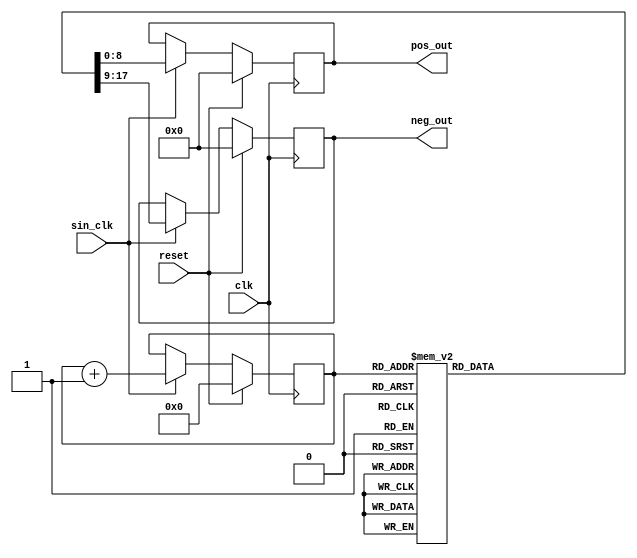
// Copyright 2024 Yanik Drmla
//
// Licensed under the Apache License, Version 2.0 (the "License");
// you may not use this file except in compliance with the License.
// You may obtain a copy of the License at
//
// http://www.apache.org/licenses/LICENSE2.0
//
// Unless required by applicable law or agreed to in writing, software
// distributed under the License is distributed on an "AS IS" BASIS,
// WITHOUT WARRANTIES OR CONDITIONS OF ANY KIND, either express or implied.
// See the License for the specific language governing permissions and
// limitations under the License.

/*
	generate a 9-bit sinewave with 255 values, which will be played with varying frequency (using big LUT)
*/

//`ifndef __SINE__
//`define __SINE__

module sine (
	input wire clk,    	
	input wire sin_clk,	// frequency to play sine with (varying)
    input wire reset,
	output wire [8:0] pos_out,
	output wire [8:0] neg_out
);	
	reg [7:0] ctr_r;
	
	reg [8:0] pos_out_r;
	reg [8:0] neg_out_r;
	
	assign pos_out = pos_out_r;
	assign neg_out = neg_out_r;

    always @(posedge clk) begin
        if (reset) begin
            ctr_r <= 'd0;
            pos_out_r <= 'd0;
            neg_out_r <= 'd0;
        end else if (sin_clk) begin
        	// this is a 9-bit sinewave LUT with 255 values, which will be played using varying frequency
        	case(ctr_r)
				'd0: begin pos_out_r <= 'd0; neg_out_r <= 'd0; end
				'd1: begin pos_out_r <= 'd12; neg_out_r <= 'd0; end
				'd2: begin pos_out_r <= 'd25; neg_out_r <= 'd0; end
				'd3: begin pos_out_r <= 'd37; neg_out_r <= 'd0; end
				'd4: begin pos_out_r <= 'd50; neg_out_r <= 'd0; end
				'd5: begin pos_out_r <= 'd62; neg_out_r <= 'd0; end
				'd6: begin pos_out_r <= 'd74; neg_out_r <= 'd0; end
				'd7: begin pos_out_r <= 'd87; neg_out_r <= 'd0; end
				'd8: begin pos_out_r <= 'd99; neg_out_r <= 'd0; end
				'd9: begin pos_out_r <= 'd111; neg_out_r <= 'd0; end
				'd10: begin pos_out_r <= 'd124; neg_out_r <= 'd0; end
				'd11: begin pos_out_r <= 'd136; neg_out_r <= 'd0; end
				'd12: begin pos_out_r <= 'd148; neg_out_r <= 'd0; end
				'd13: begin pos_out_r <= 'd160; neg_out_r <= 'd0; end
				'd14: begin pos_out_r <= 'd172; neg_out_r <= 'd0; end
				'd15: begin pos_out_r <= 'd183; neg_out_r <= 'd0; end
				'd16: begin pos_out_r <= 'd195; neg_out_r <= 'd0; end
				'd17: begin pos_out_r <= 'd207; neg_out_r <= 'd0; end
				'd18: begin pos_out_r <= 'd218; neg_out_r <= 'd0; end
				'd19: begin pos_out_r <= 'd229; neg_out_r <= 'd0; end
				'd20: begin pos_out_r <= 'd240; neg_out_r <= 'd0; end
				'd21: begin pos_out_r <= 'd251; neg_out_r <= 'd0; end
				'd22: begin pos_out_r <= 'd262; neg_out_r <= 'd0; end
				'd23: begin pos_out_r <= 'd273; neg_out_r <= 'd0; end
				'd24: begin pos_out_r <= 'd283; neg_out_r <= 'd0; end
				'd25: begin pos_out_r <= 'd294; neg_out_r <= 'd0; end
				'd26: begin pos_out_r <= 'd304; neg_out_r <= 'd0; end
				'd27: begin pos_out_r <= 'd314; neg_out_r <= 'd0; end
				'd28: begin pos_out_r <= 'd324; neg_out_r <= 'd0; end
				'd29: begin pos_out_r <= 'd333; neg_out_r <= 'd0; end
				'd30: begin pos_out_r <= 'd343; neg_out_r <= 'd0; end
				'd31: begin pos_out_r <= 'd352; neg_out_r <= 'd0; end
				'd32: begin pos_out_r <= 'd361; neg_out_r <= 'd0; end
				'd33: begin pos_out_r <= 'd370; neg_out_r <= 'd0; end
				'd34: begin pos_out_r <= 'd378; neg_out_r <= 'd0; end
				'd35: begin pos_out_r <= 'd386; neg_out_r <= 'd0; end
				'd36: begin pos_out_r <= 'd395; neg_out_r <= 'd0; end
				'd37: begin pos_out_r <= 'd402; neg_out_r <= 'd0; end
				'd38: begin pos_out_r <= 'd410; neg_out_r <= 'd0; end
				'd39: begin pos_out_r <= 'd417; neg_out_r <= 'd0; end
				'd40: begin pos_out_r <= 'd424; neg_out_r <= 'd0; end
				'd41: begin pos_out_r <= 'd431; neg_out_r <= 'd0; end
				'd42: begin pos_out_r <= 'd438; neg_out_r <= 'd0; end
				'd43: begin pos_out_r <= 'd444; neg_out_r <= 'd0; end
				'd44: begin pos_out_r <= 'd450; neg_out_r <= 'd0; end
				'd45: begin pos_out_r <= 'd456; neg_out_r <= 'd0; end
				'd46: begin pos_out_r <= 'd461; neg_out_r <= 'd0; end
				'd47: begin pos_out_r <= 'd467; neg_out_r <= 'd0; end
				'd48: begin pos_out_r <= 'd472; neg_out_r <= 'd0; end
				'd49: begin pos_out_r <= 'd476; neg_out_r <= 'd0; end
				'd50: begin pos_out_r <= 'd481; neg_out_r <= 'd0; end
				'd51: begin pos_out_r <= 'd485; neg_out_r <= 'd0; end
				'd52: begin pos_out_r <= 'd488; neg_out_r <= 'd0; end
				'd53: begin pos_out_r <= 'd492; neg_out_r <= 'd0; end
				'd54: begin pos_out_r <= 'd495; neg_out_r <= 'd0; end
				'd55: begin pos_out_r <= 'd498; neg_out_r <= 'd0; end
				'd56: begin pos_out_r <= 'd501; neg_out_r <= 'd0; end
				'd57: begin pos_out_r <= 'd503; neg_out_r <= 'd0; end
				'd58: begin pos_out_r <= 'd505; neg_out_r <= 'd0; end
				'd59: begin pos_out_r <= 'd507; neg_out_r <= 'd0; end
				'd60: begin pos_out_r <= 'd508; neg_out_r <= 'd0; end
				'd61: begin pos_out_r <= 'd509; neg_out_r <= 'd0; end
				'd62: begin pos_out_r <= 'd510; neg_out_r <= 'd0; end
				'd63: begin pos_out_r <= 'd510; neg_out_r <= 'd0; end
				'd64: begin pos_out_r <= 'd511; neg_out_r <= 'd0; end
				'd65: begin pos_out_r <= 'd510; neg_out_r <= 'd0; end
				'd66: begin pos_out_r <= 'd510; neg_out_r <= 'd0; end
				'd67: begin pos_out_r <= 'd509; neg_out_r <= 'd0; end
				'd68: begin pos_out_r <= 'd508; neg_out_r <= 'd0; end
				'd69: begin pos_out_r <= 'd507; neg_out_r <= 'd0; end
				'd70: begin pos_out_r <= 'd505; neg_out_r <= 'd0; end
				'd71: begin pos_out_r <= 'd503; neg_out_r <= 'd0; end
				'd72: begin pos_out_r <= 'd501; neg_out_r <= 'd0; end
				'd73: begin pos_out_r <= 'd498; neg_out_r <= 'd0; end
				'd74: begin pos_out_r <= 'd495; neg_out_r <= 'd0; end
				'd75: begin pos_out_r <= 'd492; neg_out_r <= 'd0; end
				'd76: begin pos_out_r <= 'd488; neg_out_r <= 'd0; end
				'd77: begin pos_out_r <= 'd485; neg_out_r <= 'd0; end
				'd78: begin pos_out_r <= 'd481; neg_out_r <= 'd0; end
				'd79: begin pos_out_r <= 'd476; neg_out_r <= 'd0; end
				'd80: begin pos_out_r <= 'd472; neg_out_r <= 'd0; end
				'd81: begin pos_out_r <= 'd467; neg_out_r <= 'd0; end
				'd82: begin pos_out_r <= 'd461; neg_out_r <= 'd0; end
				'd83: begin pos_out_r <= 'd456; neg_out_r <= 'd0; end
				'd84: begin pos_out_r <= 'd450; neg_out_r <= 'd0; end
				'd85: begin pos_out_r <= 'd444; neg_out_r <= 'd0; end
				'd86: begin pos_out_r <= 'd438; neg_out_r <= 'd0; end
				'd87: begin pos_out_r <= 'd431; neg_out_r <= 'd0; end
				'd88: begin pos_out_r <= 'd424; neg_out_r <= 'd0; end
				'd89: begin pos_out_r <= 'd417; neg_out_r <= 'd0; end
				'd90: begin pos_out_r <= 'd410; neg_out_r <= 'd0; end
				'd91: begin pos_out_r <= 'd402; neg_out_r <= 'd0; end
				'd92: begin pos_out_r <= 'd395; neg_out_r <= 'd0; end
				'd93: begin pos_out_r <= 'd386; neg_out_r <= 'd0; end
				'd94: begin pos_out_r <= 'd378; neg_out_r <= 'd0; end
				'd95: begin pos_out_r <= 'd370; neg_out_r <= 'd0; end
				'd96: begin pos_out_r <= 'd361; neg_out_r <= 'd0; end
				'd97: begin pos_out_r <= 'd352; neg_out_r <= 'd0; end
				'd98: begin pos_out_r <= 'd343; neg_out_r <= 'd0; end
				'd99: begin pos_out_r <= 'd333; neg_out_r <= 'd0; end
				'd100: begin pos_out_r <= 'd324; neg_out_r <= 'd0; end
				'd101: begin pos_out_r <= 'd314; neg_out_r <= 'd0; end
				'd102: begin pos_out_r <= 'd304; neg_out_r <= 'd0; end
				'd103: begin pos_out_r <= 'd294; neg_out_r <= 'd0; end
				'd104: begin pos_out_r <= 'd283; neg_out_r <= 'd0; end
				'd105: begin pos_out_r <= 'd273; neg_out_r <= 'd0; end
				'd106: begin pos_out_r <= 'd262; neg_out_r <= 'd0; end
				'd107: begin pos_out_r <= 'd251; neg_out_r <= 'd0; end
				'd108: begin pos_out_r <= 'd240; neg_out_r <= 'd0; end
				'd109: begin pos_out_r <= 'd229; neg_out_r <= 'd0; end
				'd110: begin pos_out_r <= 'd218; neg_out_r <= 'd0; end
				'd111: begin pos_out_r <= 'd207; neg_out_r <= 'd0; end
				'd112: begin pos_out_r <= 'd195; neg_out_r <= 'd0; end
				'd113: begin pos_out_r <= 'd183; neg_out_r <= 'd0; end
				'd114: begin pos_out_r <= 'd172; neg_out_r <= 'd0; end
				'd115: begin pos_out_r <= 'd160; neg_out_r <= 'd0; end
				'd116: begin pos_out_r <= 'd148; neg_out_r <= 'd0; end
				'd117: begin pos_out_r <= 'd136; neg_out_r <= 'd0; end
				'd118: begin pos_out_r <= 'd124; neg_out_r <= 'd0; end
				'd119: begin pos_out_r <= 'd111; neg_out_r <= 'd0; end
				'd120: begin pos_out_r <= 'd99; neg_out_r <= 'd0; end
				'd121: begin pos_out_r <= 'd87; neg_out_r <= 'd0; end
				'd122: begin pos_out_r <= 'd74; neg_out_r <= 'd0; end
				'd123: begin pos_out_r <= 'd62; neg_out_r <= 'd0; end
				'd124: begin pos_out_r <= 'd50; neg_out_r <= 'd0; end
				'd125: begin pos_out_r <= 'd37; neg_out_r <= 'd0; end
				'd126: begin pos_out_r <= 'd25; neg_out_r <= 'd0; end
				'd127: begin pos_out_r <= 'd12; neg_out_r <= 'd0; end
				'd128: begin pos_out_r <= 'd0; neg_out_r <= 'd0; end
				'd129: begin pos_out_r <= 'd0; neg_out_r <= 'd12; end
				'd130: begin pos_out_r <= 'd0; neg_out_r <= 'd25; end
				'd131: begin pos_out_r <= 'd0; neg_out_r <= 'd37; end
				'd132: begin pos_out_r <= 'd0; neg_out_r <= 'd50; end
				'd133: begin pos_out_r <= 'd0; neg_out_r <= 'd62; end
				'd134: begin pos_out_r <= 'd0; neg_out_r <= 'd74; end
				'd135: begin pos_out_r <= 'd0; neg_out_r <= 'd87; end
				'd136: begin pos_out_r <= 'd0; neg_out_r <= 'd99; end
				'd137: begin pos_out_r <= 'd0; neg_out_r <= 'd111; end
				'd138: begin pos_out_r <= 'd0; neg_out_r <= 'd124; end
				'd139: begin pos_out_r <= 'd0; neg_out_r <= 'd136; end
				'd140: begin pos_out_r <= 'd0; neg_out_r <= 'd148; end
				'd141: begin pos_out_r <= 'd0; neg_out_r <= 'd160; end
				'd142: begin pos_out_r <= 'd0; neg_out_r <= 'd172; end
				'd143: begin pos_out_r <= 'd0; neg_out_r <= 'd183; end
				'd144: begin pos_out_r <= 'd0; neg_out_r <= 'd195; end
				'd145: begin pos_out_r <= 'd0; neg_out_r <= 'd207; end
				'd146: begin pos_out_r <= 'd0; neg_out_r <= 'd218; end
				'd147: begin pos_out_r <= 'd0; neg_out_r <= 'd229; end
				'd148: begin pos_out_r <= 'd0; neg_out_r <= 'd240; end
				'd149: begin pos_out_r <= 'd0; neg_out_r <= 'd251; end
				'd150: begin pos_out_r <= 'd0; neg_out_r <= 'd262; end
				'd151: begin pos_out_r <= 'd0; neg_out_r <= 'd273; end
				'd152: begin pos_out_r <= 'd0; neg_out_r <= 'd283; end
				'd153: begin pos_out_r <= 'd0; neg_out_r <= 'd294; end
				'd154: begin pos_out_r <= 'd0; neg_out_r <= 'd304; end
				'd155: begin pos_out_r <= 'd0; neg_out_r <= 'd314; end
				'd156: begin pos_out_r <= 'd0; neg_out_r <= 'd324; end
				'd157: begin pos_out_r <= 'd0; neg_out_r <= 'd333; end
				'd158: begin pos_out_r <= 'd0; neg_out_r <= 'd343; end
				'd159: begin pos_out_r <= 'd0; neg_out_r <= 'd352; end
				'd160: begin pos_out_r <= 'd0; neg_out_r <= 'd361; end
				'd161: begin pos_out_r <= 'd0; neg_out_r <= 'd370; end
				'd162: begin pos_out_r <= 'd0; neg_out_r <= 'd378; end
				'd163: begin pos_out_r <= 'd0; neg_out_r <= 'd386; end
				'd164: begin pos_out_r <= 'd0; neg_out_r <= 'd395; end
				'd165: begin pos_out_r <= 'd0; neg_out_r <= 'd402; end
				'd166: begin pos_out_r <= 'd0; neg_out_r <= 'd410; end
				'd167: begin pos_out_r <= 'd0; neg_out_r <= 'd417; end
				'd168: begin pos_out_r <= 'd0; neg_out_r <= 'd424; end
				'd169: begin pos_out_r <= 'd0; neg_out_r <= 'd431; end
				'd170: begin pos_out_r <= 'd0; neg_out_r <= 'd438; end
				'd171: begin pos_out_r <= 'd0; neg_out_r <= 'd444; end
				'd172: begin pos_out_r <= 'd0; neg_out_r <= 'd450; end
				'd173: begin pos_out_r <= 'd0; neg_out_r <= 'd456; end
				'd174: begin pos_out_r <= 'd0; neg_out_r <= 'd461; end
				'd175: begin pos_out_r <= 'd0; neg_out_r <= 'd467; end
				'd176: begin pos_out_r <= 'd0; neg_out_r <= 'd472; end
				'd177: begin pos_out_r <= 'd0; neg_out_r <= 'd476; end
				'd178: begin pos_out_r <= 'd0; neg_out_r <= 'd481; end
				'd179: begin pos_out_r <= 'd0; neg_out_r <= 'd485; end
				'd180: begin pos_out_r <= 'd0; neg_out_r <= 'd488; end
				'd181: begin pos_out_r <= 'd0; neg_out_r <= 'd492; end
				'd182: begin pos_out_r <= 'd0; neg_out_r <= 'd495; end
				'd183: begin pos_out_r <= 'd0; neg_out_r <= 'd498; end
				'd184: begin pos_out_r <= 'd0; neg_out_r <= 'd501; end
				'd185: begin pos_out_r <= 'd0; neg_out_r <= 'd503; end
				'd186: begin pos_out_r <= 'd0; neg_out_r <= 'd505; end
				'd187: begin pos_out_r <= 'd0; neg_out_r <= 'd507; end
				'd188: begin pos_out_r <= 'd0; neg_out_r <= 'd508; end
				'd189: begin pos_out_r <= 'd0; neg_out_r <= 'd509; end
				'd190: begin pos_out_r <= 'd0; neg_out_r <= 'd510; end
				'd191: begin pos_out_r <= 'd0; neg_out_r <= 'd510; end
				'd192: begin pos_out_r <= 'd0; neg_out_r <= 'd511; end
				'd193: begin pos_out_r <= 'd0; neg_out_r <= 'd510; end
				'd194: begin pos_out_r <= 'd0; neg_out_r <= 'd510; end
				'd195: begin pos_out_r <= 'd0; neg_out_r <= 'd509; end
				'd196: begin pos_out_r <= 'd0; neg_out_r <= 'd508; end
				'd197: begin pos_out_r <= 'd0; neg_out_r <= 'd507; end
				'd198: begin pos_out_r <= 'd0; neg_out_r <= 'd505; end
				'd199: begin pos_out_r <= 'd0; neg_out_r <= 'd503; end
				'd200: begin pos_out_r <= 'd0; neg_out_r <= 'd501; end
				'd201: begin pos_out_r <= 'd0; neg_out_r <= 'd498; end
				'd202: begin pos_out_r <= 'd0; neg_out_r <= 'd495; end
				'd203: begin pos_out_r <= 'd0; neg_out_r <= 'd492; end
				'd204: begin pos_out_r <= 'd0; neg_out_r <= 'd488; end
				'd205: begin pos_out_r <= 'd0; neg_out_r <= 'd485; end
				'd206: begin pos_out_r <= 'd0; neg_out_r <= 'd481; end
				'd207: begin pos_out_r <= 'd0; neg_out_r <= 'd476; end
				'd208: begin pos_out_r <= 'd0; neg_out_r <= 'd472; end
				'd209: begin pos_out_r <= 'd0; neg_out_r <= 'd467; end
				'd210: begin pos_out_r <= 'd0; neg_out_r <= 'd461; end
				'd211: begin pos_out_r <= 'd0; neg_out_r <= 'd456; end
				'd212: begin pos_out_r <= 'd0; neg_out_r <= 'd450; end
				'd213: begin pos_out_r <= 'd0; neg_out_r <= 'd444; end
				'd214: begin pos_out_r <= 'd0; neg_out_r <= 'd438; end
				'd215: begin pos_out_r <= 'd0; neg_out_r <= 'd431; end
				'd216: begin pos_out_r <= 'd0; neg_out_r <= 'd424; end
				'd217: begin pos_out_r <= 'd0; neg_out_r <= 'd417; end
				'd218: begin pos_out_r <= 'd0; neg_out_r <= 'd410; end
				'd219: begin pos_out_r <= 'd0; neg_out_r <= 'd402; end
				'd220: begin pos_out_r <= 'd0; neg_out_r <= 'd395; end
				'd221: begin pos_out_r <= 'd0; neg_out_r <= 'd386; end
				'd222: begin pos_out_r <= 'd0; neg_out_r <= 'd378; end
				'd223: begin pos_out_r <= 'd0; neg_out_r <= 'd370; end
				'd224: begin pos_out_r <= 'd0; neg_out_r <= 'd361; end
				'd225: begin pos_out_r <= 'd0; neg_out_r <= 'd352; end
				'd226: begin pos_out_r <= 'd0; neg_out_r <= 'd343; end
				'd227: begin pos_out_r <= 'd0; neg_out_r <= 'd333; end
				'd228: begin pos_out_r <= 'd0; neg_out_r <= 'd324; end
				'd229: begin pos_out_r <= 'd0; neg_out_r <= 'd314; end
				'd230: begin pos_out_r <= 'd0; neg_out_r <= 'd304; end
				'd231: begin pos_out_r <= 'd0; neg_out_r <= 'd294; end
				'd232: begin pos_out_r <= 'd0; neg_out_r <= 'd283; end
				'd233: begin pos_out_r <= 'd0; neg_out_r <= 'd273; end
				'd234: begin pos_out_r <= 'd0; neg_out_r <= 'd262; end
				'd235: begin pos_out_r <= 'd0; neg_out_r <= 'd251; end
				'd236: begin pos_out_r <= 'd0; neg_out_r <= 'd240; end
				'd237: begin pos_out_r <= 'd0; neg_out_r <= 'd229; end
				'd238: begin pos_out_r <= 'd0; neg_out_r <= 'd218; end
				'd239: begin pos_out_r <= 'd0; neg_out_r <= 'd207; end
				'd240: begin pos_out_r <= 'd0; neg_out_r <= 'd195; end
				'd241: begin pos_out_r <= 'd0; neg_out_r <= 'd183; end
				'd242: begin pos_out_r <= 'd0; neg_out_r <= 'd172; end
				'd243: begin pos_out_r <= 'd0; neg_out_r <= 'd160; end
				'd244: begin pos_out_r <= 'd0; neg_out_r <= 'd148; end
				'd245: begin pos_out_r <= 'd0; neg_out_r <= 'd136; end
				'd246: begin pos_out_r <= 'd0; neg_out_r <= 'd124; end
				'd247: begin pos_out_r <= 'd0; neg_out_r <= 'd111; end
				'd248: begin pos_out_r <= 'd0; neg_out_r <= 'd99; end
				'd249: begin pos_out_r <= 'd0; neg_out_r <= 'd87; end
				'd250: begin pos_out_r <= 'd0; neg_out_r <= 'd74; end
				'd251: begin pos_out_r <= 'd0; neg_out_r <= 'd62; end
				'd252: begin pos_out_r <= 'd0; neg_out_r <= 'd50; end
				'd253: begin pos_out_r <= 'd0; neg_out_r <= 'd37; end
				'd254: begin pos_out_r <= 'd0; neg_out_r <= 'd25; end
				'd255: begin pos_out_r <= 'd0; neg_out_r <= 'd12; end
				default: begin pos_out_r <= 'd0; neg_out_r <= 'd0; end
			endcase
			
			ctr_r <= ctr_r + 'd1;	// auto overflow
        end
    end
endmodule

//`endif